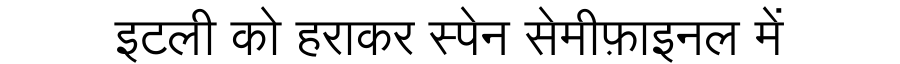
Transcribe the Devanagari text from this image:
इटली को हराकर स्पेन सेमीफ़ाइनल में